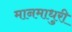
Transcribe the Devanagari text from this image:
मानमाधुरी